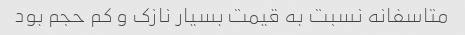
متاسفانه نسبت به قیمت بسیار نازک و کم حجم بود